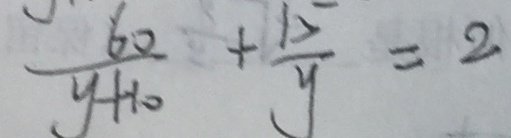
\frac { 6 0 } { y + 1 0 } + \frac { 1 5 } { y } = 2